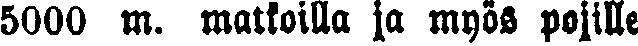
5000 m. matkoilla ja myös pojille